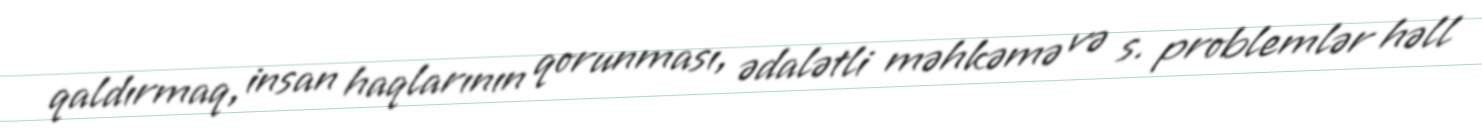
qaldırmaq, insan haqlarının qorunması, ədalətli məhkəmə və s. problemlər həll